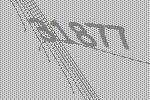
31877